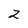
Character: 2